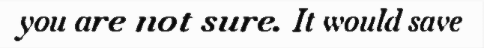
you are not sure. It would save